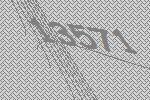
13571